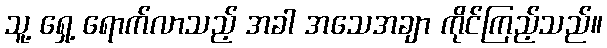
သူ့ ရှေ့ ရောက်လာသည့် အခါ အသေအချာ ကိုင်ကြည့်သည်။